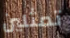
تمثلين